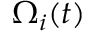
\Omega _ { i } ( t )